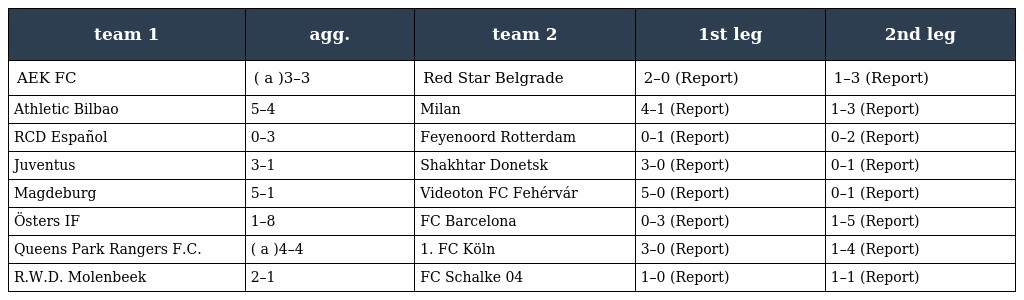
| team 1 | agg. | team 2 | 1st leg | 2nd leg |
 | --- | --- | --- | --- | --- |
 | AEK FC | ( a )3–3 | Red Star Belgrade | 2–0 (Report) | 1–3 (Report) |
 | Athletic Bilbao | 5–4 | Milan | 4–1 (Report) | 1–3 (Report) |
 | RCD Español | 0–3 | Feyenoord Rotterdam | 0–1 (Report) | 0–2 (Report) |
 | Juventus | 3–1 | Shakhtar Donetsk | 3–0 (Report) | 0–1 (Report) |
 | Magdeburg | 5–1 | Videoton FC Fehérvár | 5–0 (Report) | 0–1 (Report) |
 | Östers IF | 1–8 | FC Barcelona | 0–3 (Report) | 1–5 (Report) |
 | Queens Park Rangers F.C. | ( a )4–4 | 1. FC Köln | 3–0 (Report) | 1–4 (Report) |
 | R.W.D. Molenbeek | 2–1 | FC Schalke 04 | 1–0 (Report) | 1–1 (Report) |